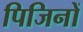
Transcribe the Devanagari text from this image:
पिजिनों